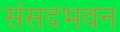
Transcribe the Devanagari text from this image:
संसदभवन